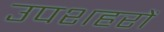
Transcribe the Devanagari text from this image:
उपशहरों